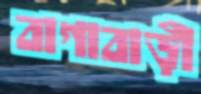
বাগাবাড়ী